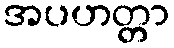
အပဟတ္တာ